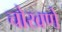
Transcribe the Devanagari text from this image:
चोखणे